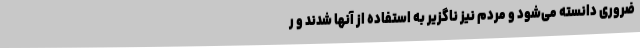
ضروری دانسته می‌شود و مردم نیز ناگزیر به استفاده از آنها شدند و ر